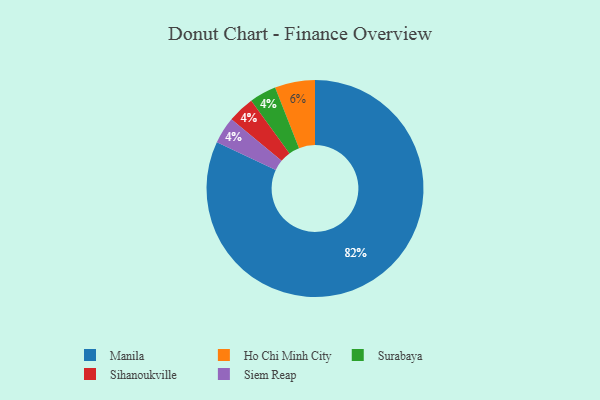
{"axis": {"x": "Category", "y": "Percentage"}, "legend": ["Ho Chi Minh City", "Manila", "Siem Reap", "Sihanoukville", "Surabaya"], "data": [{"x": "Surabaya", "y": 4, "type": "Surabaya"}, {"x": "Sihanoukville", "y": 4, "type": "Sihanoukville"}, {"x": "Ho Chi Minh City", "y": 6, "type": "Ho Chi Minh City"}, {"x": "Siem Reap", "y": 4, "type": "Siem Reap"}, {"x": "Manila", "y": 82, "type": "Manila"}]}